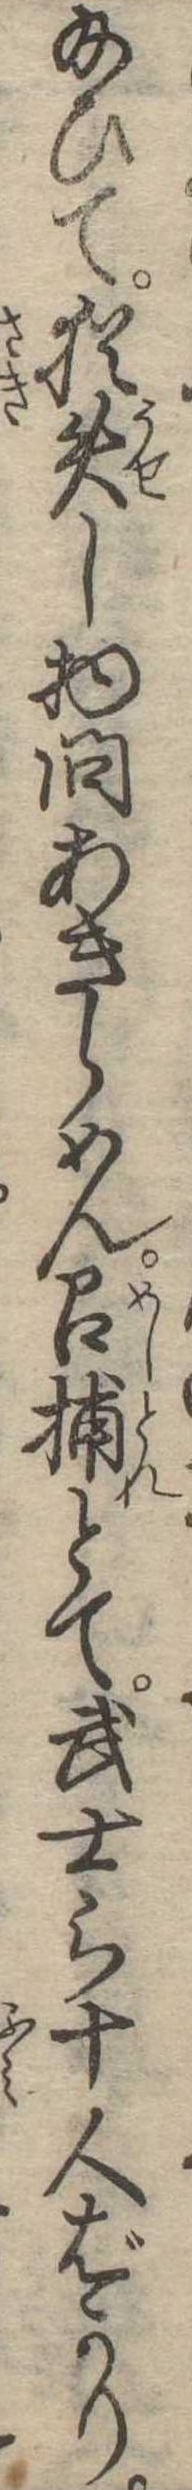
給ひて猶失し物問あきらめん召捕とて武士ら十人ばかり